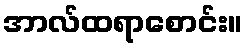
အာလ်ထရာစောင်း။